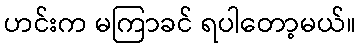
ဟင်းက မကြာခင် ရပါတော့မယ်။